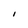
Character: I